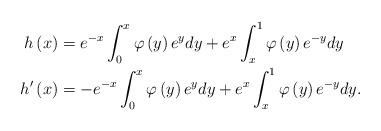
LaTeX: \begin{align*}h\left(x\right) & =e^{-x}\int_{0}^{x}\varphi\left(y\right)e^{y}dy+e^{x}\int_{x}^{1}\varphi\left(y\right)e^{-y}dy\\h'\left(x\right) & =-e^{-x}\int_{0}^{x}\varphi\left(y\right)e^{y}dy+e^{x}\int_{x}^{1}\varphi\left(y\right)e^{-y}dy.\end{align*}